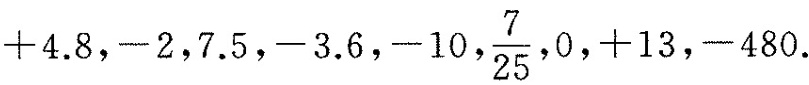
+4.8, -2, 7.5, -3.6, -10, \frac{7}{25}, 0, +13, -480 .